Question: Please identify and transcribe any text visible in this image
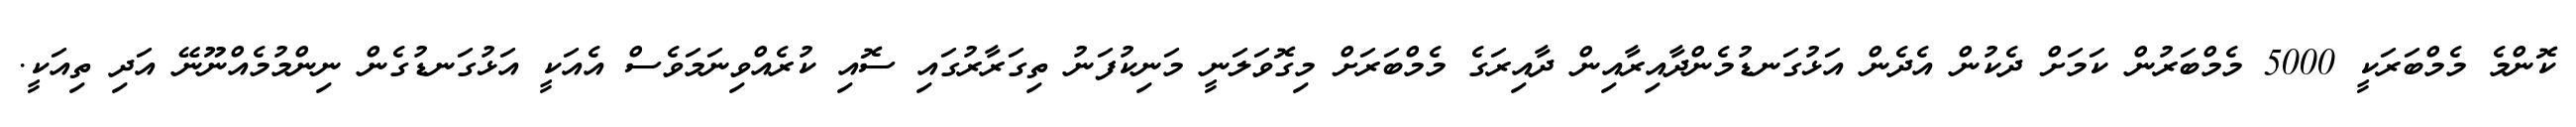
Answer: ކޮންމެ މެމްބަރަކީ 5000 މެމްބަރުން ކަމަށް ދެކުން އެދެން އަޅުގަނޑުމެންދާއިރާއިން ދާއިރަގެ މެމްބަރަށް މިގޮވަލަނީ މަނިކުފަނު ތިގަރާރުގައި ސޮއި ކުރެއްވިނަމަވެސް އެއަކީ އަޅުގަނޑުގެން ނިންމުމެއްނޫނޭ އަދި ތިއަކީ.